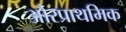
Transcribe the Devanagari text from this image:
औरप्राथमिक